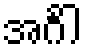
အင်္ဂါ